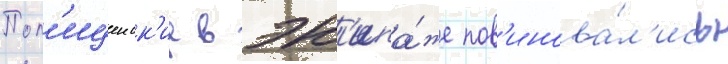
Пол'ицеиск'ие в эк'ипа́же пов'инова́л'ись